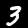
Digit: 3